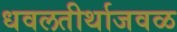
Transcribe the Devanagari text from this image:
धवलतीर्थाजवळ